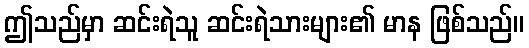
ဤသည်မှာ ဆင်းရဲသူ ဆင်းရဲသားများ၏ မာန ဖြစ်သည်။